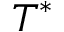
T ^ { * }